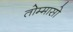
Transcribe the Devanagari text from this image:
तोम्मासो